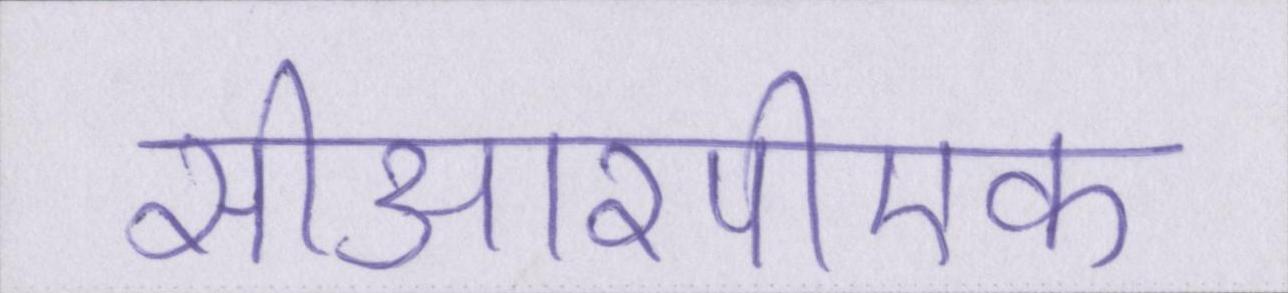
सीआरपीएफ